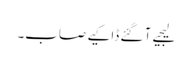
لیجیے آ گئے ڈاکیے صاب۔